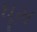
ધૂમ